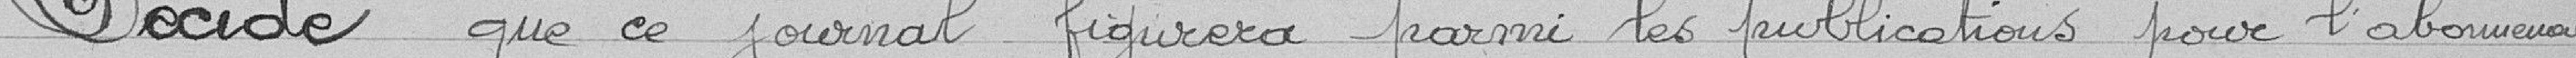
Décide que ce journal figurera parmi les publications pour l'abonnement